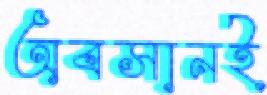
অবসানই